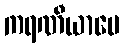
ကရဏီယာပေ